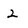
Character: 2